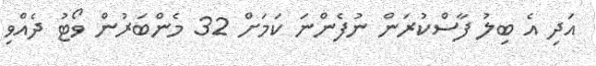
އަދި އެ ބިލު ފާސްކުރަން ނުފެންނަ ކަމަށް 32 މެންބަރުން ވޯޓު ދެއްވި